Notes on the propagation and cultivation of the medicinal cinchonas, or Peruvian bark trees
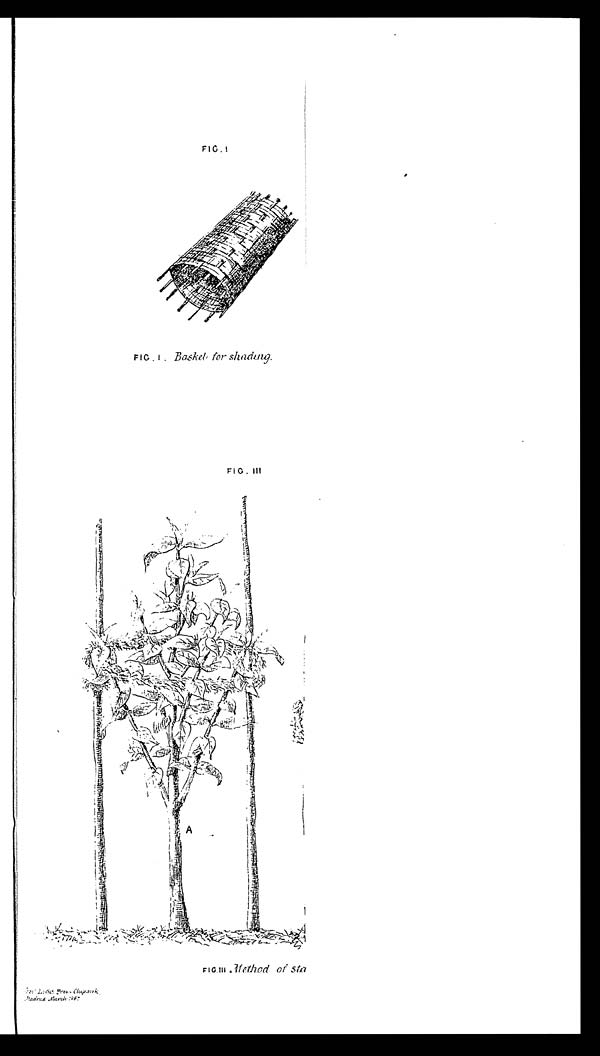
FIG. I
FIG. I. Basket for shading.
FIG. III
FIG. III Meth od of sta
Govt Li t h Pr ess Chepauk Madr as Mar ch 1867